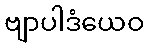
ဗျာပါဒံယေဝ